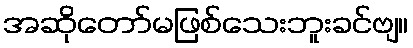
အဆိုတော်မဖြစ်သေးဘူးခင်ဗျ။